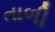
તાળી